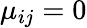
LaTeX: \mu_{ij}=0